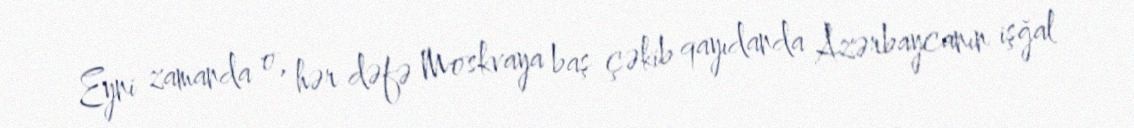
Eyni zamanda o, hər dəfə Moskvaya baş çəkib qayıdanda Azərbaycanın işğal